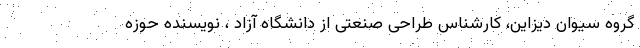
گروه سیوان دیزاین، کارشناس طراحی صنعتی از دانشگاه آزاد ، نویسنده حوزه